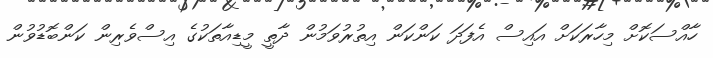
ހާއްސަކޮށް މިހާރަކަށް އައިސް އެފަދަ ކަންކަން އިތުރުވަމުން ދާތީ މީޑިއާތަކުގެ އިސްވެރިން ކަންބޮޑުވުން